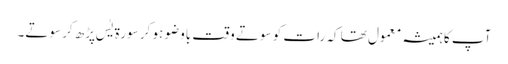
آپ کاہمیشہ معمول تھا کہ رات کو سوتے وقت باوضو ہو کر سورۃ یٰس پڑھ کر سوتے۔